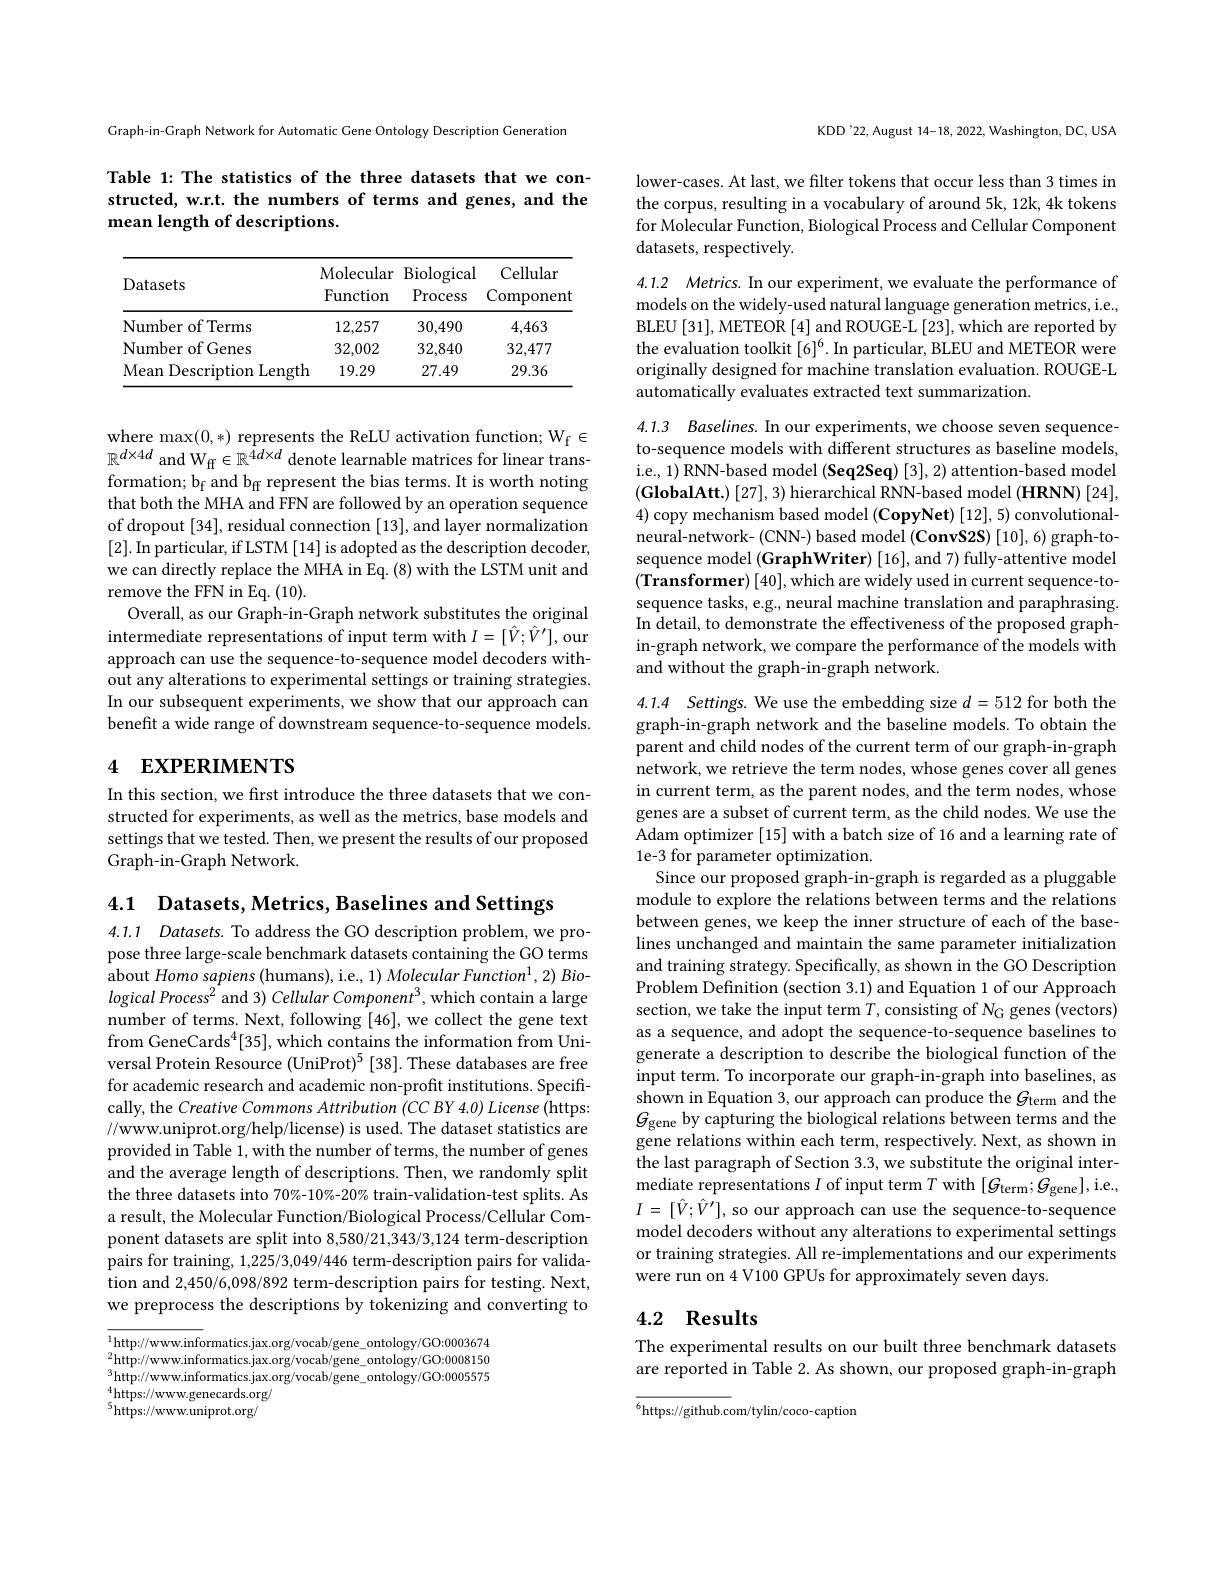
4.1 Datasets, Metrics, Baselines and Settings
4.1.1 Datasets. To address the GO description problem, we propose three large-scale benchmark datasets containing the GO terms about Homo sapiens (humans), i.e., 1) Molecular Function$^1,2)$ Bio- $logical\textit{Process}^2$ and 3) Cellular Component$^3$,which contain a large number of terms. Next, following [46], we collect the gene text from GeneCards$^4[35]$,which contains the information from Universal Protein Resource (UniProt)$^5$ [38]. These databases are free for academic research and academic non-profit institutions. Specifically, the Creative Commons Attribution (CC BY 4.0) License (https: //www.uniprot.org/help/license) is used. The dataset statistics are provided in Table 1, with the number of terms, the number of genes and the average length of descriptions. Then, we randomly split the three datasets into 70%-10% -20% train-validation-test splits. As a result, the Molecular Function/Biological Process/Cellular Component datasets are split into 8,580/21,343/3,124 term-description pairs for training, 1,225/3,049/446 term-description pairs for validation and 2,450/6,098/892 term-description pairs for testing. Next, we preprocess the descriptions by tokenizing and converting to

$\overline{^1\text{http://www.informatics.jax.org/vocab/gene\_ontology/GO:0003674}}$ $^2$http://www.informatics.jax.org/vocab/gene\_ontology/GO:0008150 $^3$http://www.informatics.jax.org/vocab/gene\_ontology/GO:0005575 $^4$https://www.genecards.org/ $^{5}{\mathrm{https://www.uniprot.org/}}$

Graph-in-Graph Network for Automatic Gene Ontology Description Generation

Table 1: The statistics of the three datasets that we constructed, w.r.t. the numbers of terms and genes, and the## mean length of descriptions.

<table>
	<tbody>
		<tr>
			<th>Datasets</th>
			<th>Molecular Function</th>
			<th>$\operatorname{Biological}$ $\operatorname{Process}$</th>
			<th>Cellular Component</th>
		</tr>
		<tr>
			<td>Number of Terms</td>
			<td>12,257</td>
			<td>30,490</td>
			<td>4,463</td>
		</tr>
		<tr>
			<td>Number of Genes</td>
			<td>32,002</td>
			<td>32,840</td>
			<td>32,477</td>
		</tr>
		<tr>
			<td>Mean Description Length</td>
			<td>19.29</td>
			<td>27.49</td>
			<td>29.36</td>
		</tr>
	</tbody>
</table>

where $\max(0,*)$ represents the ReLU activation function; Wf $\in$ $\mathbb{R}^{d\times4d}$ and W$_\mathrm{ff}\in\mathbb{R}^{\hat{4d}\times d}$ denote learnable matrices for linear transformation; b$_\mathrm{f}$ and b$_\mathrm{ff}$ represent the bias terms. It is worth noting that both the MHA and FFN are followed by an operation sequence of dropout [34], residual connection [13], and layer normalization [2]. In particular, if LSTM [14] is adopted as the description decoder, we can directly replace the MHA in Eq. (8) with the LSTM unit and remove the FFN in Eq. (10).
Overall, as our Graph-in-Graph network substitutes the original intermediate representations of input term with $I=[\hat{V};\hat{V}^{\prime}]$,our approach can use the sequence-to-sequence model decoders without any alterations to experimental settings or training strategies. In our subsequent experiments, we show that our approach can benefit a wide range of downstream sequence-to-sequence models.

# 4 EXPERIMENTS

In this section, we first introduce the three datasets that we constructed for experiments, as well as the metrics, base models and settings that we tested. Then, we present the results of our proposed Graph-in-Graph Network.

KDD'22, August 14-18, 2022, Washington, DC, USA

lower-cases. At last, we filter tokens that occur less than 3 times in the corpus, resulting in a vocabulary of around 5k, 12k, 4k tokens for Molecular Function, Biological Process and Cellular Component datasets, respectively.

4.1.2 Metrics. In our experiment, we evaluate the performance of models on the widely-used natural language generation metrics, i.e., BLEU [31], METEOR [4] and ROUGE-L [23], which are reported by the evaluation toolkit[6]$^6.$ In particular, BLEU and METEOR were originally designed for machine translation evaluation. ROUGE-L automatically evaluates extracted text summarization.

4.1.3 Baselines. In our experiments, we choose seven sequence-

to-sequence models with different structures as baseline models, i.e., 1) RNN-based model (Seq2Seq) [3], 2) attention-based model $( \textbf{GlobalAtt. }) \left [ 27\right ] , 3)$ hierarchical RNN-based model (HRNN) [24], 4) copy mechanism based model (CopyNet) [12], 5) convolutionalneural-network- (CNN-) based model (ConvS2S) [10], 6) graph-tosequence model (GraphWriter) [16], and 7) fully-attentive model $( \textbf{Transformer}) [ 40] $,which are widely used in current sequence-tosequence tasks, e.g., neural machine translation and paraphrasing. In detail, to demonstrate the effectiveness of the proposed graphin-graph network, we compare the performance of the models with and without the graph-in-graph network.

4.1.4 $Settings.$ We use the embedding size $d=512$ for both the

graph-in-graph network and the baseline models. To obtain the parent and child nodes of the current term of our graph-in-graph network, we retrieve the term nodes, whose genes cover all genes in current term, as the parent nodes, and the term nodes, whose genes are a subset of current term, as the child nodes. We use the Adam optimizer [15] with a batch size of 16 and a learning rate of 1e-3 for parameter optimization.
Since our proposed graph-in-graph is regarded as a pluggable module to explore the relations between terms and the relations between genes, we keep the inner structure of each of the baselines unchanged and maintain the same parameter initialization and training strategy. Specifically, as shown in the GO Description Problem Definition (section 3.1) and Equation 1 of our Approach section, we take the input term $T$,consisting of $N_\mathrm{G}$ genes (vectors) as a sequence, and adopt the sequence-to-sequence baselines to generate a description to describe the biological function of the input term. To incorporate our graph-in-graph into baselines, as shown in Equation 3, our approach can produce the $G_\mathrm{term}$ and the $G_{\mathrm{gene~by~capturing~the~biological~relations~between~terms~and~the}}$ gene relations within each term, respectively. Next, as shown in the last paragraph of Section 3.3, we substitute the original intermediate representations $I$ of input term $T$ with $[G_\mathrm{term};G_\mathrm{gene}]$,i.e, $I=[\hat{V};\hat{V}^{\prime}]$, so our approach can use the sequence-to-sequence model decoders without any alterations to experimental settings or training strategies. All re-implementations and our experiments were run on 4 V100 GPUs for approximately seven days.

### 4.2 Results

The experimental results on our built three benchmark datasets are reported in Table 2. As shown, our proposed graph-in-graph

${\overline{^6}}$https://github.com/tylin/coco-caption